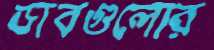
ডাবগুলোর